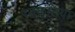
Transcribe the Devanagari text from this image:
रतकुडिया